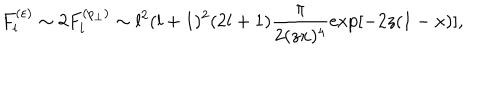
LaTeX: F _ { l } ^ { ( \varepsilon ) } \sim 2 F _ { l } ^ { ( p _ { \perp } ) } \sim l ^ { 2 } ( l + 1 ) ^ { 2 } ( 2 l + 1 ) \frac { \pi } { 2 ( z x ) ^ { 4 } } \exp [ - 2 z ( 1 - x ) ] ,